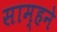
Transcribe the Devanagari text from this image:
साम्हने